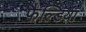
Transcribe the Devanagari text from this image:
फैल्डिया